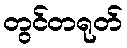
တွင်တရုတ်